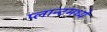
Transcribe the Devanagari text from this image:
प्लान्टमध्ये